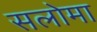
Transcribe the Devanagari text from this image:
सलोमा